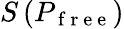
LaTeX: S\left(P_{\mathrm{~f~r~e~e~}}\right)